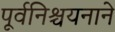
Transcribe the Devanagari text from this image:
पूर्वनिश्चयनाने